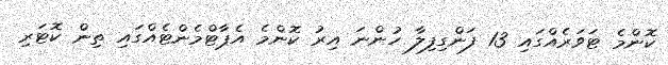
ކޮންމެ ޓަވަރެއްގައި 13 ފަންގިފިލާ ހުންނަ އިރު ކޮންމެ އެޕާޓްމެންޓެއްގައި ތިން ކޮޓަރި